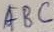
Text: ABC